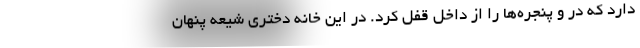
دارد که در و پنجره‌ها را از داخل قفل کرد. در این خانه دختری شیعه پنهان